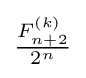
{\tfrac {F_{n+2}^{(k)}}{2^{n}}}